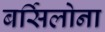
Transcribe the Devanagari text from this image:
बर्सिलोना